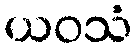
ယဝသံ